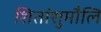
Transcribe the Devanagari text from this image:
शितांशुमौलि